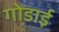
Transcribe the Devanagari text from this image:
गोडाई